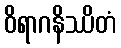
ဝိရာဂနိဿိတံ